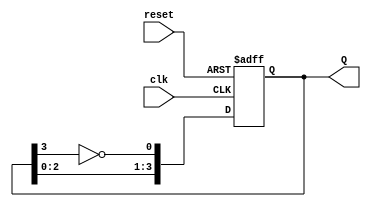
module JohnsonCounter #(
    parameter N = 4 // Default to 4-bit Johnson counter, can be parameterized
)(
    input wire clk,       // Clock input
    input wire reset,     // Asynchronous reset
    output reg [N-1:0] Q // Output of the counter
);

// Internal signal to hold the inverted MSB for feedback
wire feedback;

always @(posedge clk or posedge reset) begin
    if (reset) begin
        // Asynchronous reset to zero state
        Q <= 0;
    end else begin
        // Shift the current state to the right and feedback the inverted MSB
        feedback = ~Q[N-1]; // Invert the MSB
        Q <= {Q[N-2:0], feedback}; // Shift and feed the inverted MSB
    end
end

endmodule